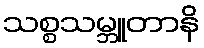
သစ္စသမ္ဘူတာနိ